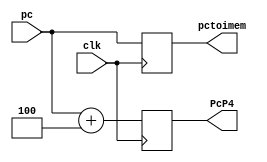
module PC(clk,pc,pctoimem,PcP4);
input clk;
input[31:0]pc;
output reg[31:0]pctoimem;
output reg[31:0]PcP4;
always@(posedge clk)
begin
pctoimem=pc;
PcP4=pctoimem+4;
PC=pc;
end
endmodule